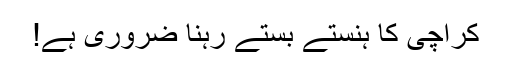
کراچی کا ہنستے بستے رہنا ضروری ہے!